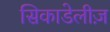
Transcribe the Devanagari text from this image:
सिकाडेलीज़